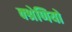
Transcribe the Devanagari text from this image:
क्श्रेणियो